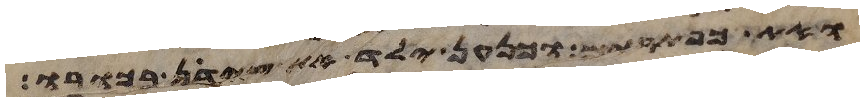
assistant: ואת כפתרים וכנען ילד את צידון בכורו